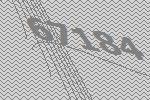
67184